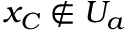
x _ { C } \notin U _ { a }